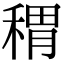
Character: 稩